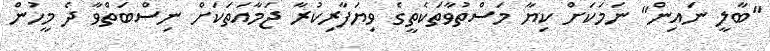
"ބާލީ ނައިން" ނަމަކަށް ކިޔާ މަސްތުވާތަކެތީގެ ވިޔަފާރިކުރާ ޖަމާއަތަކަށް ނިސްބަތްވާ ދެ މީހުން